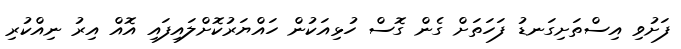
ފަށުވި އިސްތަށިގަނޑު ފަހަތަށް ގެން ގޮސް ހުޅިއަކުން ހައްޔަރުކޮށްލައިފައި އޮއް އިރު ނިއްކުރި